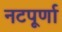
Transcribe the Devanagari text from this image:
नटपूर्णा